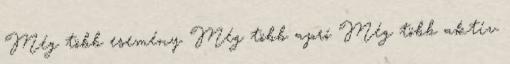
Még több esemény Még több apró Még több aktív